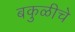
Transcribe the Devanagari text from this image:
बकुळीचे